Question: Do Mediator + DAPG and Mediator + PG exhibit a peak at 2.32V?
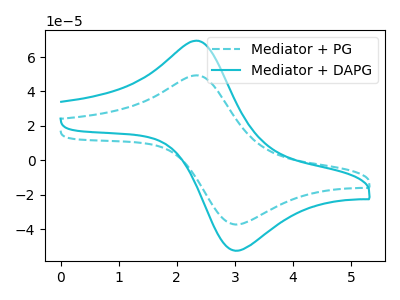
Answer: <think>The cyan dashed curve "Mediator + PG" has an anodic peak at (2.30V, 49.35uA) and a cathodic peak at (3.00V, -37.35uA). The cyan curve "Mediator + DAPG" has an anodic peak at (2.30V, 69.50uA) and a cathodic peak at (3.00V, -52.60uA).</think>
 <answer>Yes, "Mediator + DAPG" and "Mediator + PG" share a peak at 2.32V.</answer>
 <eval>match</eval>